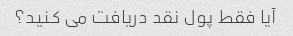
آیا فقط پول نقد دریافت می کنید؟